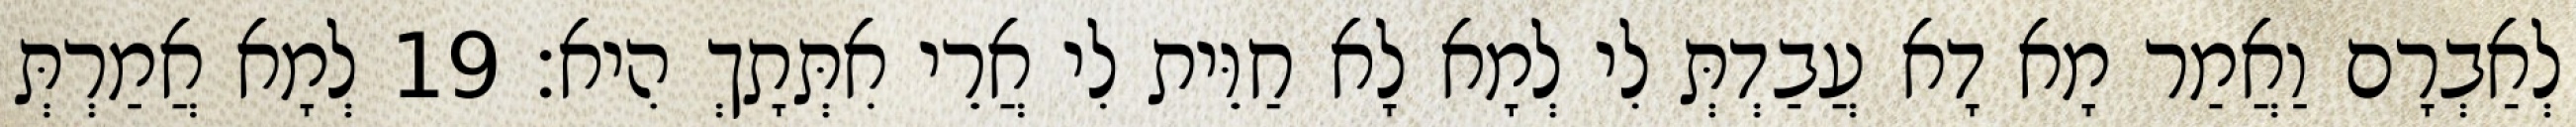
לְאַבְרָם וַאֲמַר מָא דָא עֲבַדְתְּ לִי לְמָא לָא חַוֵּית לִי אֲרֵי אִתְּתָךְ הִיא׃ 19 לְמָא אֲמַרְתְּ